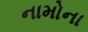
નામોના